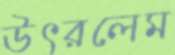
উৎরলেম